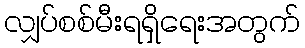
လျှပ်စစ်မီးရရှိရေးအတွက်